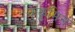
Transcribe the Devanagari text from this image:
कुकुमिस